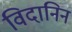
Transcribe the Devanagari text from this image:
विदानिन